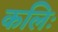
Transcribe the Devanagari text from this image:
कलिः